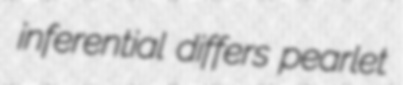
inferential differs pearlet